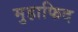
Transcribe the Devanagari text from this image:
मुहाफिद